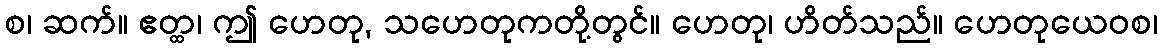
စ၊ ဆက်။ ဧတ္ထ၊ ဤ ဟေတု, သဟေတုကတို့တွင်။ ဟေတု၊ ဟိတ်သည်။ ဟေတုယေဝစ၊